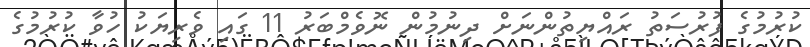
ކުރުމުގެ ފުރުސަތު ރައްޔިތުންނަށް ދިނުމުން ނޮވެމްބަރު 11 ގައި ވެރިޔަކު ހުވާ ކުރުމުގެ